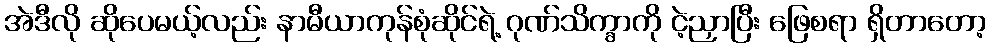
အဲဒီလို ဆိုပေမယ့်လည်း နာမီယာကုန်စုံဆိုင်ရဲ့ ဂုဏ်သိက္ခာကို ငဲ့ညှာပြီး ဖြေစရာ ရှိတာတော့